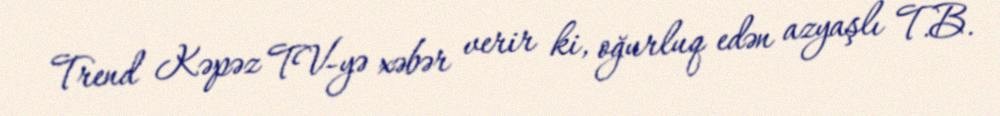
Trend Kəpəz TV-yə xəbər verir ki, oğurluq edən azyaşlı T.B.